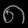
Digit: ၈